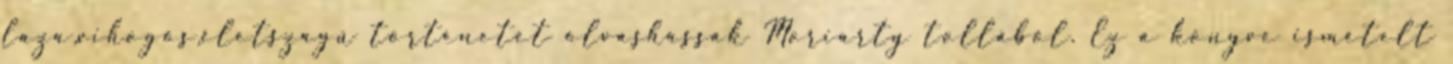
laza,vihogós,életszagú történetet olvashassak Moriarty tollából. Ez a könyve ismételt